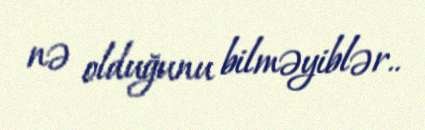
nə olduğunu bilməyiblər..